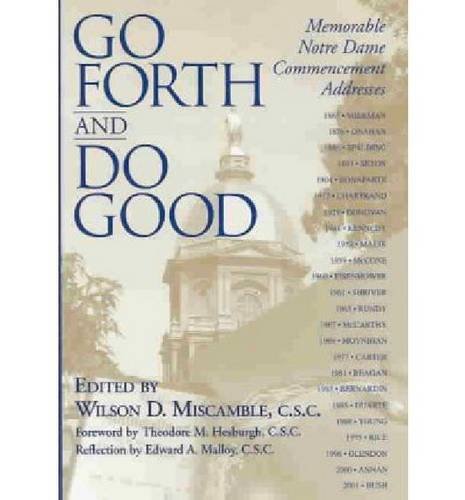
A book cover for Go Forth and Do Good: Memorable Notre Dame Commencement Addresses; Religion & Spirituality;